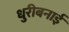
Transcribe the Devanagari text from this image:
धुरीबनाई